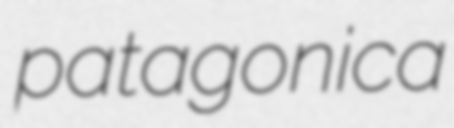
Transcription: patagonica